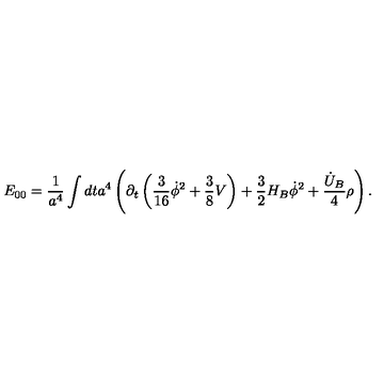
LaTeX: E _ { 0 0 } = \frac { 1 } { a ^ { 4 } } \int d t a ^ { 4 } \left( \partial _ { t } \left( \frac { 3 } { 1 6 } \dot { \phi } ^ { 2 } + \frac { 3 } { 8 } V \right) + \frac { 3 } { 2 } H _ { B } \dot { \phi } ^ { 2 } + \frac { \dot { U } _ { B } } { 4 } \rho \right) .